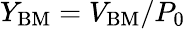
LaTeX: Y_{\mathrm{BM}}=V_{\mathrm{BM}}/P_{0}